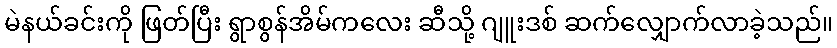
မဲနယ်ခင်းကို ဖြတ်ပြီး ရွာစွန်အိမ်ကလေး ဆီသို့ ဂျူးဒစ် ဆက်လျှောက်လာခဲ့သည်။